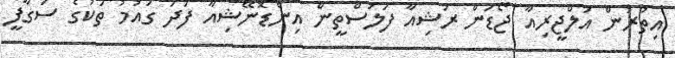
އިތުރުން އަލްޖީރިއާ ޖޯޑަން ރަޝިއާ ފަލަސްތީން އިންޑޮނޭޝިއާ ފަދަ ގައުމު ތަކުގެ ސަގާފީ